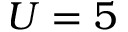
U = 5